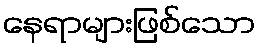
နေရာများဖြစ်သော